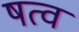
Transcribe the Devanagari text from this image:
षत्व